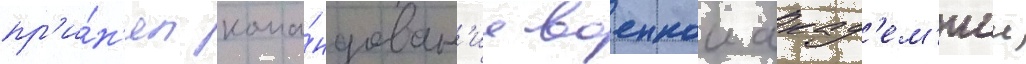
пр'и́н'ял кома́ндован'ие военнои акад'ем'иеи